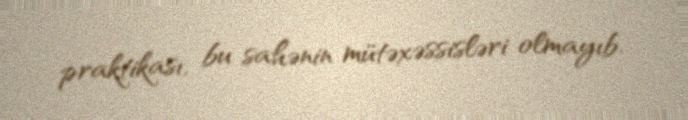
praktikası, bu sahənin mütəxəssisləri olmayıb.